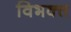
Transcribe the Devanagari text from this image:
विभक्त्त